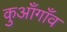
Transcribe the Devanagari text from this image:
कुआँगाँव